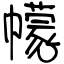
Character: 幪